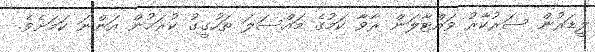
ލީޑަރުން ސަރުކާރު ވައްޓާލަން ރާވާ ކަމުގެ މައްސަލަ ތަހުގީގު ކުރަމުން އަންނަ ކަމަށެވެ.